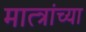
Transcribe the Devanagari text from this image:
मात्त्रांच्या